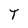
Character: T